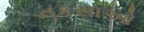
નકસાઓ